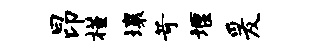
昂槿壤苛堰爰